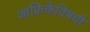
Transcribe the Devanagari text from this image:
आफ्रिकेविषयी